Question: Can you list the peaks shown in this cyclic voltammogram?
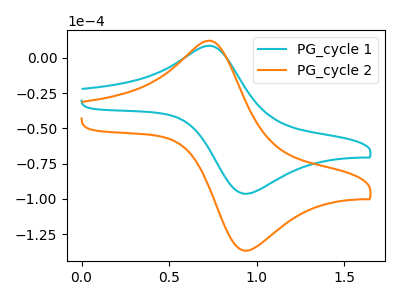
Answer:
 <answer>The cyan curve "PG_cycle 1" has an anodic peak at (0.75V, 8.60uA) and a cathodic peak at (0.95V, -96.40uA). The orange curve "PG_cycle 2" has an anodic peak at (0.75V, 12.25uA) and a cathodic peak at (0.95V, -136.75uA).</answer>
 <eval></eval>